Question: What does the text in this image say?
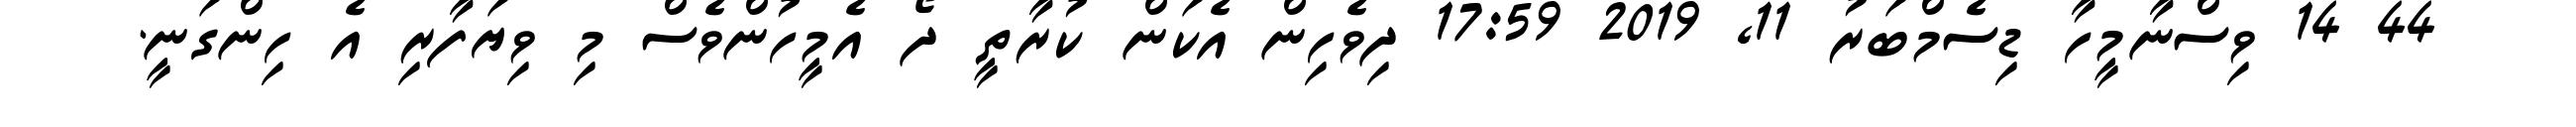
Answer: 44 14 ވިސްނާމީހާ ޑިސެމްބަރު 11, 2019 17:59 ދިވެހިން އެކަން ކުރާތީ ދޯ އެމީހުންވެސް މި ވިޔަފާރި އެ ހިންގަނީ.